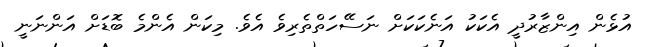
އުޅެން އިންޒާރުދީ އެކަކު އަނެކަކަށް ނަސޭހަތްތެރިވެ އެވެ. މިކަން އެންމެ ބޮޑަށް އަންނަނީ